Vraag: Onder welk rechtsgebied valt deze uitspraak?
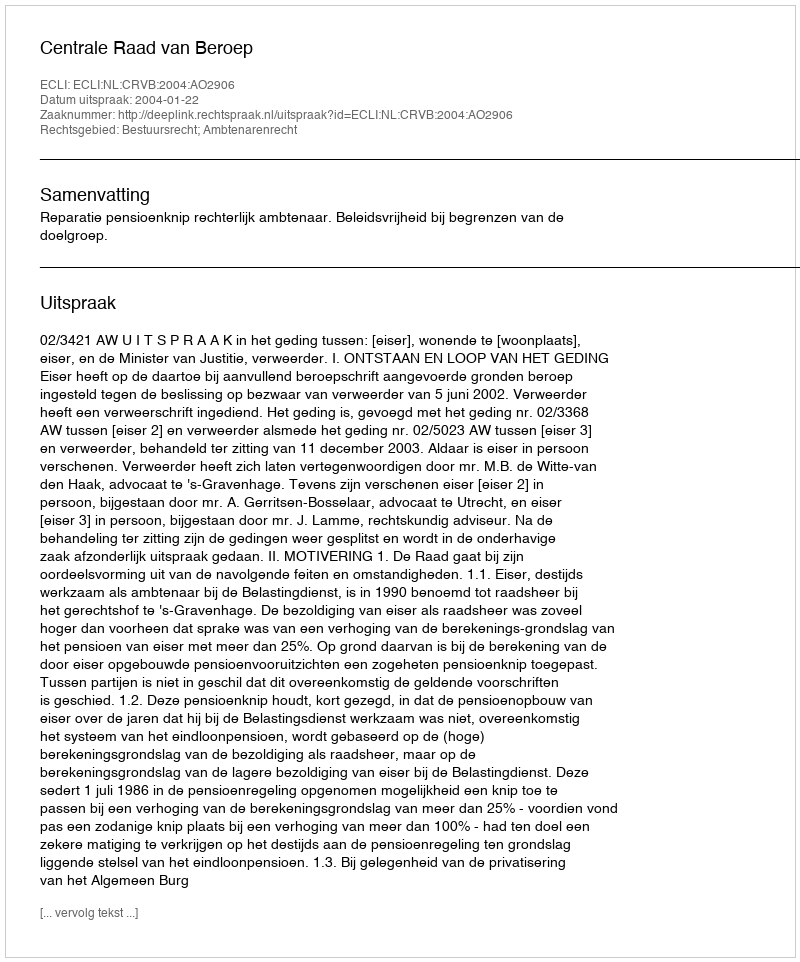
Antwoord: Bestuursrecht; Ambtenarenrecht